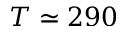
T \simeq 2 9 0